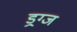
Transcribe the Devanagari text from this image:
ड्रग्ज